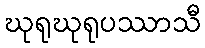
ဃုရုဃုရုပဿာသီ